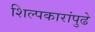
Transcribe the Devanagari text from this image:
शिल्पकारांपुढे